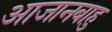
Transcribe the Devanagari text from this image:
आजानबाहु